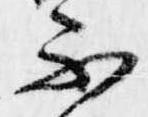
不